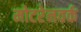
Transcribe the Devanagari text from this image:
मोटरेनवर्क